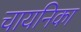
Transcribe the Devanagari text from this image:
चायनिका